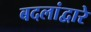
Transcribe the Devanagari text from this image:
बदलांद्वारे